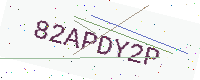
Text: 82APDY2P